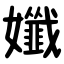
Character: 孅